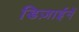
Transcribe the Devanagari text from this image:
डिज़ाईनें